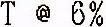
T @ 6%